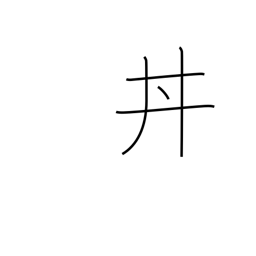
Meaning: bowl of food